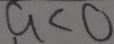
a < 0